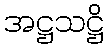
အဋ္ဌသဋ္ဌိ